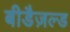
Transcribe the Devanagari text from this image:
बीडैज़ल्ड